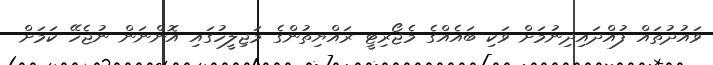
ވައުދުތައް ފުއްދައިދިނުމަށް ވަކި ބައެއްގެ މެޖޯރިޓީ ރައްޔިތުންގެ މަޖިލީހުގައި އޮންނަން ނުޖެހޭ ކަމަށް